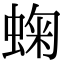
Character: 䗇